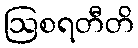
ဩစရတီတိ